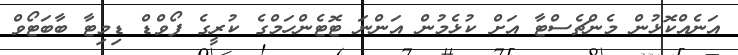
އަނެއްކޮޅުން މެންޗެސްޓާ އަށް ކުޅެމުން އަންނަ ޓޮޓެންހަމްގެ ކުރީގެ ފޯވްޑް ޑިމިޓާ ބާބަޓޯވް